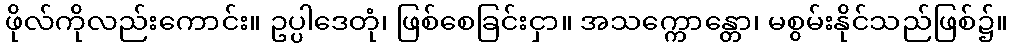
ဖိုလ်ကိုလည်းကောင်း။ ဥပ္ပါဒေတုံ၊ ဖြစ်စေခြင်းငှာ။ အသက္ကောန္တော၊ မစွမ်းနိုင်သည်ဖြစ်၌။